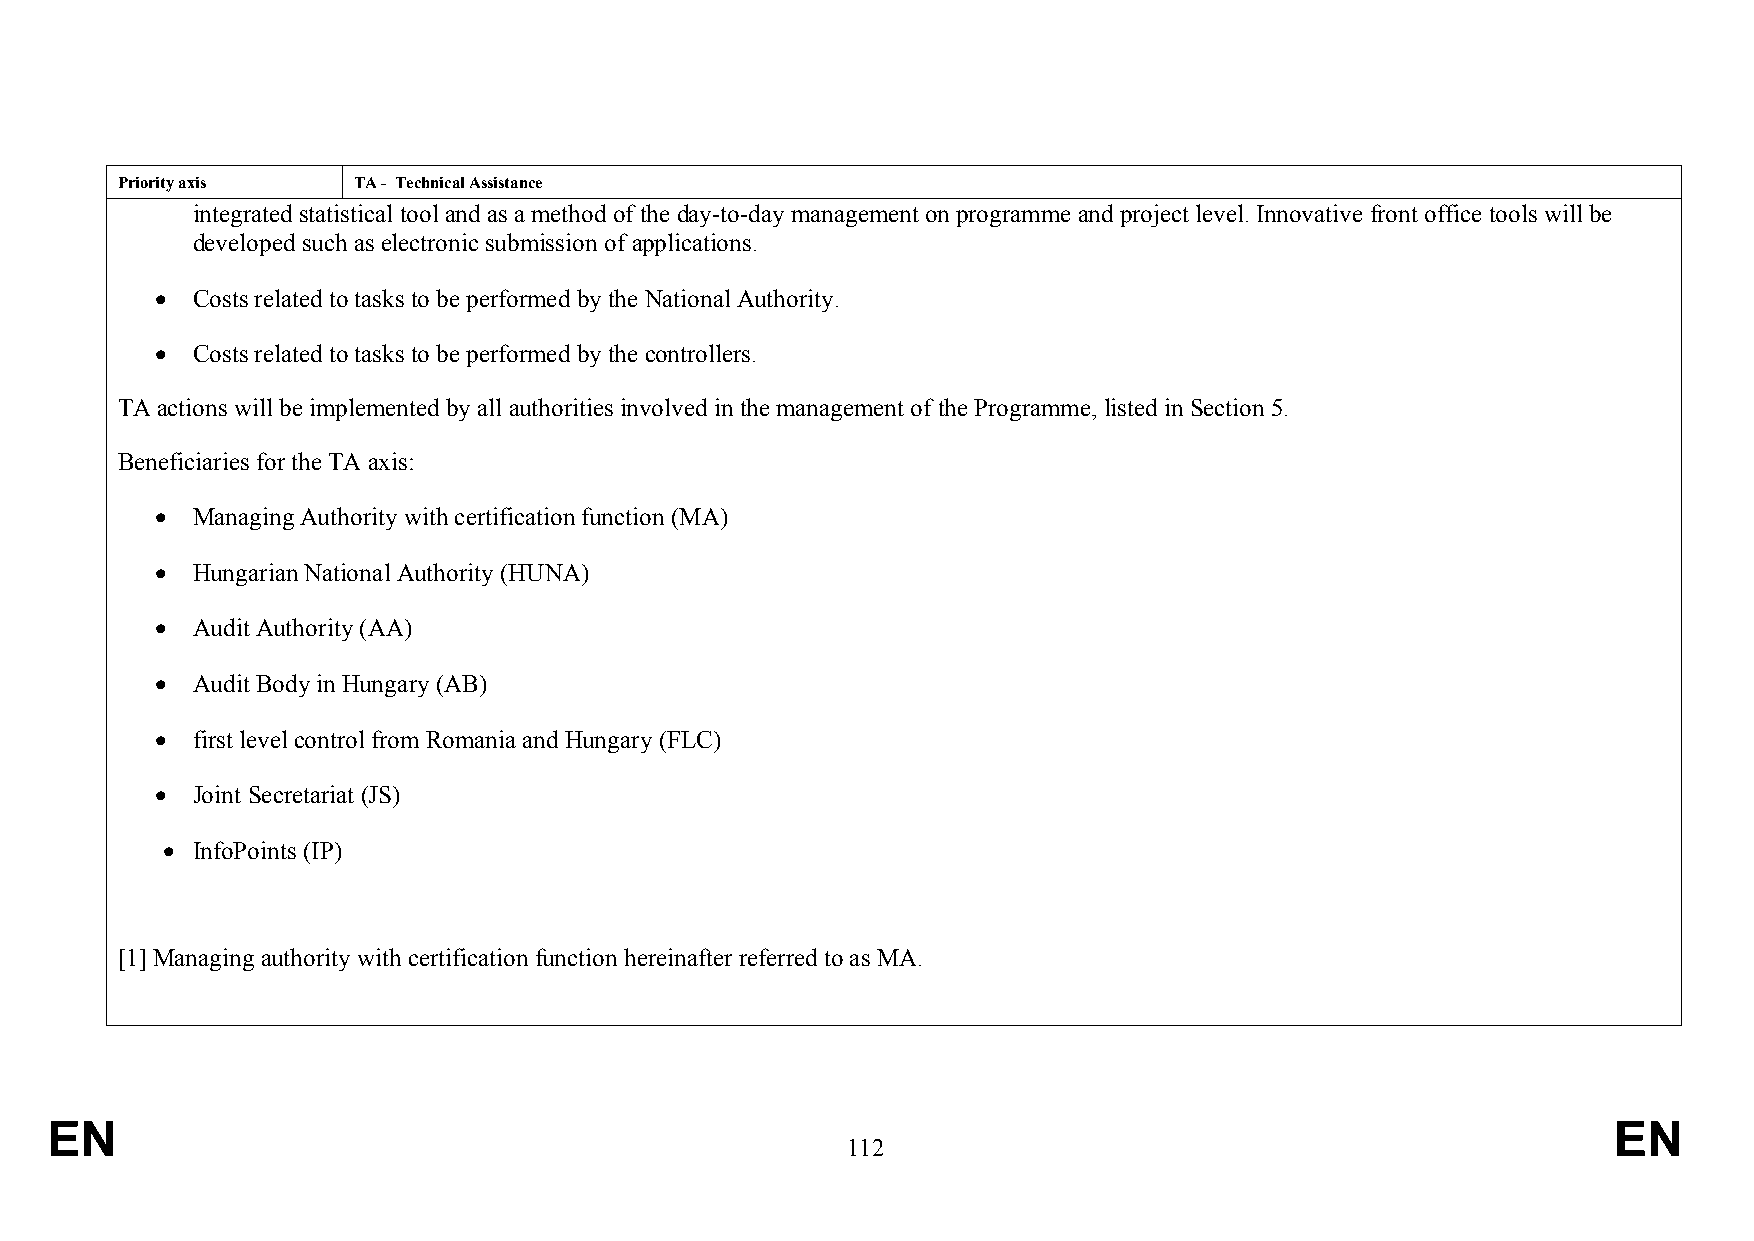
Priority axis  TA - Technical Assistance
 integrated statistical tool and as a method of the day-to-day management on programme and project level. Innovative front office tools will be
 developed such as electronic submission of applications.
   Costs related to tasks to be performed by the National Authority.
   Costs related to tasks to be performed by the controllers.
 TA actions will be implemented by all authorities involved in the management of the Programme, listed in Section 5.
 Beneficiaries for the TA axis:
   Managing Authority with certification function (MA)
   Hungarian National Authority (HUNA)
   Audit Authority (AA)
   Audit Body in Hungary (AB)
   first level control from Romania and Hungary (FLC)
   Joint Secretariat (JS)
  InfoPoints (IP)
 [1] Managing authority with certification function hereinafter referred to as MA.
 EN                                                                                                      EN
 112